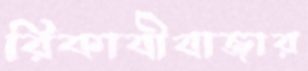
রিকাবীবাজার